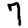
Digit: 7